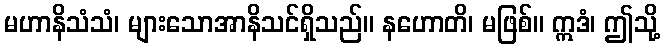
မဟာနိသံသံ၊ များသောအာနိသင်ရှိသည်။ နဟောတိ၊ မဖြစ်။ ဣဒံ၊ ဤသို့